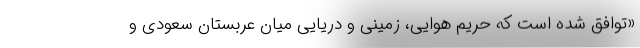
«توافق شده است که حریم هوایی، زمینی و دریایی میان عربستان سعودی و